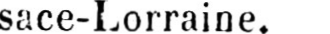
sace-Lorraine.